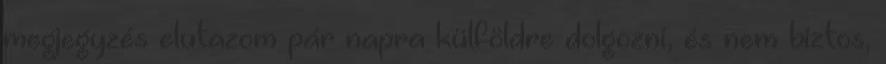
megjegyzés elutazom pár napra külföldre dolgozni, és nem biztos,